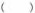
( )